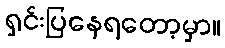
ရှင်းပြနေရတော့မှာ။